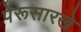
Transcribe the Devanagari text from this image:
पेरूसारखे